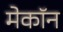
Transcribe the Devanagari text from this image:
मेकॉन